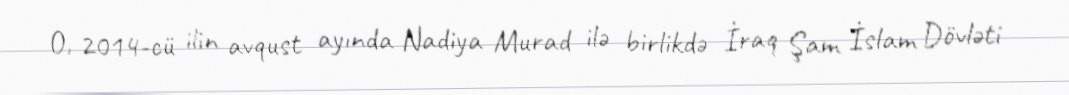
O, 2014-cü ilin avqust ayında Nadiya Murad ilə birlikdə İraq Şam İslam Dövləti